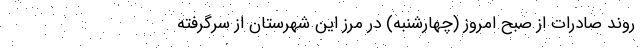
روند صادرات از صبح امروز (چهارشنبه) در مرز این شهرستان از سرگرفته